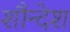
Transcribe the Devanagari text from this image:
शौन्देश